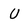
Character: u